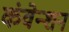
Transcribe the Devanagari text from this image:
कंवेन्शन